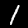
Label: 1